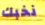
نخبك